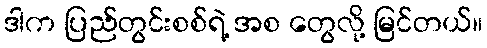
ဒါက ပြည်တွင်းစစ်ရဲ့ အစ တွေလို့ မြင်တယ်။